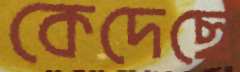
কেদেছে